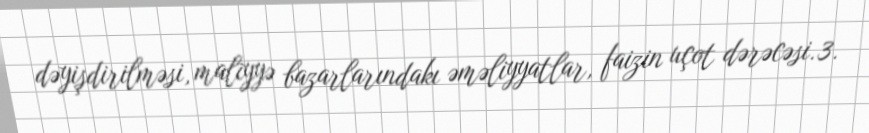
dəyişdirilməsi, maliyyə bazarlarındakı əməliyyatlar, faizin uçot dərəcəsi.3.